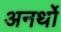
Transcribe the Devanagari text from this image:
अनर्थो